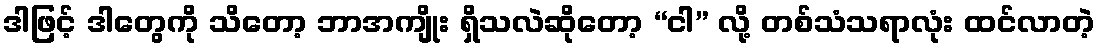
ဒါဖြင့် ဒါတွေကို သိတော့ ဘာအကျိုး ရှိသလဲဆိုတော့ “ငါ” လို့ တစ်သံသရာလုံး ထင်လာတဲ့